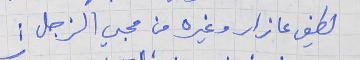
لطفي عازار وغيره من محبي الزجل :